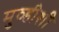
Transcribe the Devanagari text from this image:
मुव्हीशी